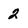
Character: 2